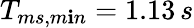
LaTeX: T_{ms,m\mathbf{i}n}=1.13\, s